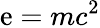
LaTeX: \mathrm{e}=mc^{2}